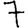
Digit: 7